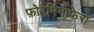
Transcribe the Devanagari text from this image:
फ़ोरैमिनाफ़ेरा